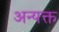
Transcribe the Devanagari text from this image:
अन्यक्त